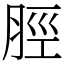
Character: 脛